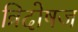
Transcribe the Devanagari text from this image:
त्रिदोषज